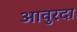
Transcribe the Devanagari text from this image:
आवुरदा